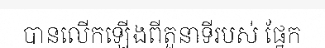
បានលើកឡើងពីតួនាទីរបស់ ផ្នែក